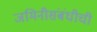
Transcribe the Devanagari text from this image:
जमिनीसंबंधीची